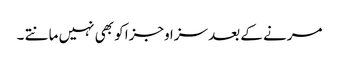
مرنے کے بعد سزا وجزا کو بھی نہیں مانتے ۔